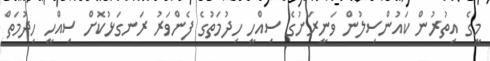
މީގެ އިތުރުން ކައުންސިލުން ވަނީރަށުގެ ސިއްހީ ހިދުމަތުގެ ފެންވަރު ރަނގަޅުކޮށް ސިއްހީ ހިދުމަތް